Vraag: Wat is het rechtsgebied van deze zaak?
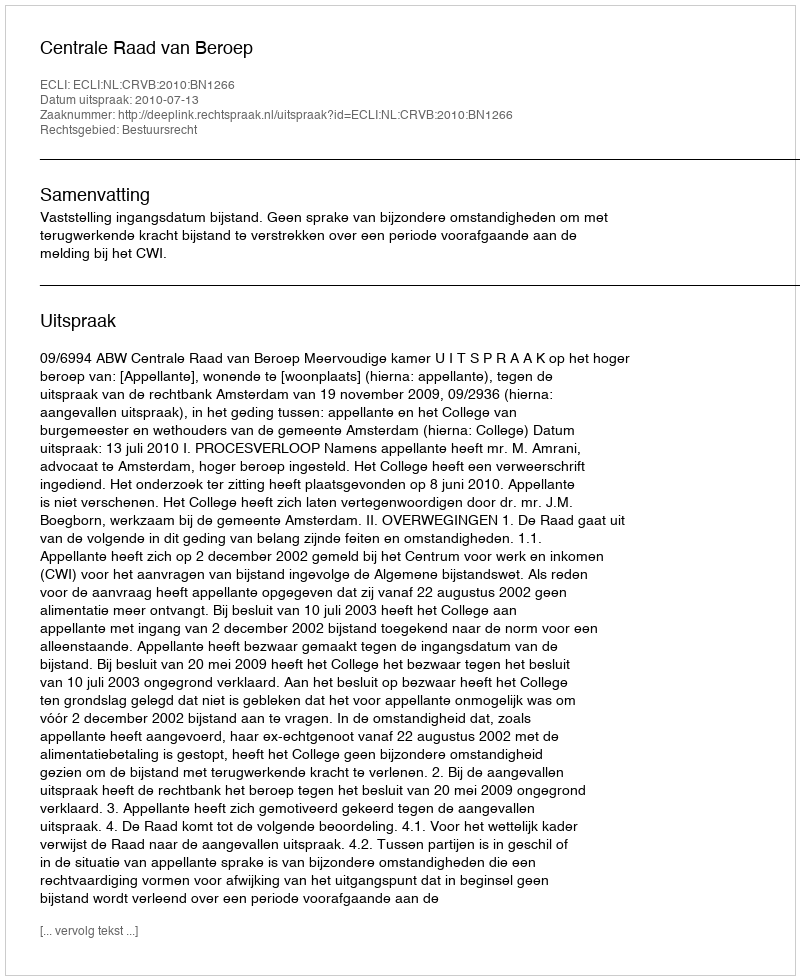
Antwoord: Bestuursrecht